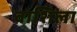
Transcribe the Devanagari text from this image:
वाशिला